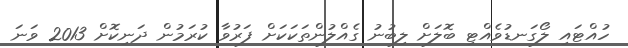
ހުއްޓައި ލޯގަނޑުވެއްޓި ބޮލަށް ލިބުނު ގެއްލުންތަކަކަށް ފަރުވާ ކުރަމުން ދަނިކޮށް 2013 ވަނަ